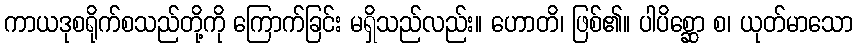
ကာယဒုစရိုက်စသည်တို့ကို ကြောက်ခြင်း မရှိသည်လည်း။ ဟောတိ၊ ဖြစ်၏။ ပါပိစ္ဆော စ၊ ယုတ်မာသော